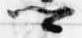
卿